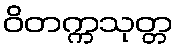
ဝိတက္ကသုတ္တ